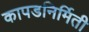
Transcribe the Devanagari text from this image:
कापडनिर्मिती